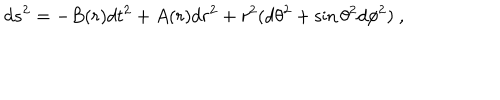
LaTeX: d s ^ { 2 } = - B ( r ) d t ^ { 2 } + A ( r ) d r ^ { 2 } + r ^ { 2 } ( d \theta ^ { 2 } + \sin \theta ^ { 2 } d \phi ^ { 2 } ) \ ,